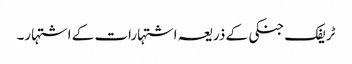
ٹریفک جنکی کے ذریعہ اشتہارات کے اشتہار۔